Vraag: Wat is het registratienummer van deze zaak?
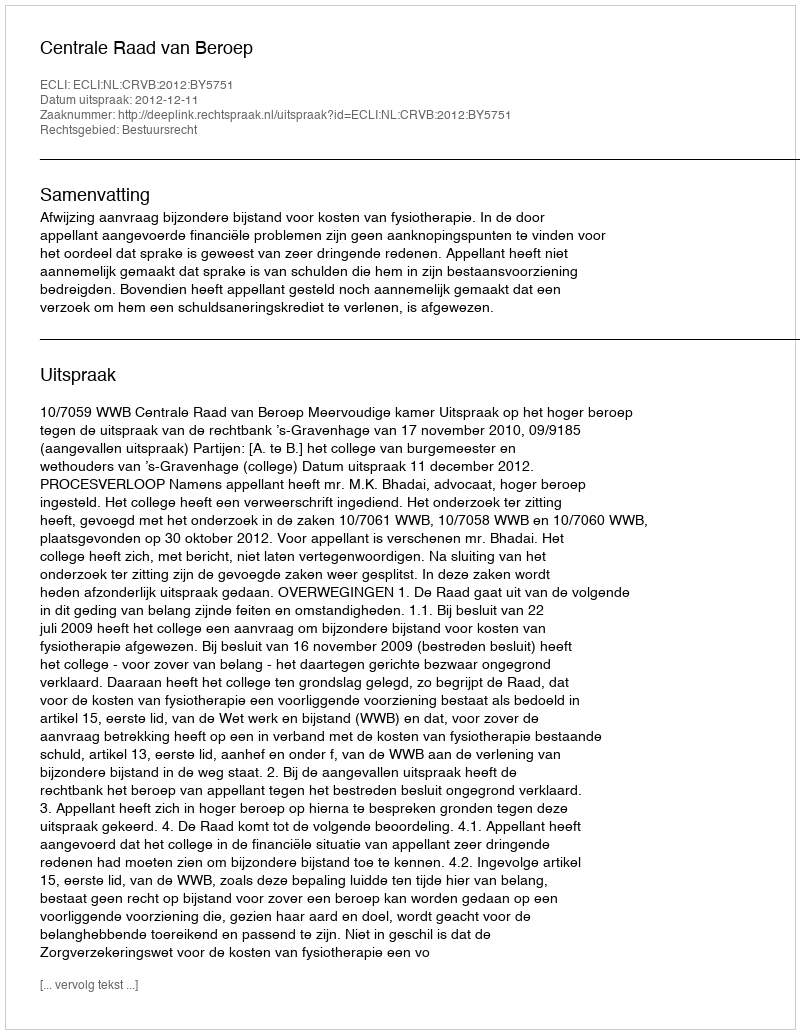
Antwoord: http://deeplink.rechtspraak.nl/uitspraak?id=ECLI:NL:CRVB:2012:BY5751